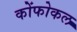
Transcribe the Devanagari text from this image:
कोंफोकल